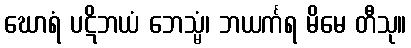
ဃောရံ ပဋိဘယံ ဘေသ္မံ၊ ဘယင်္ကရ မိမေ တီသု။